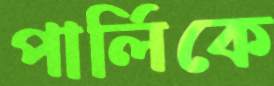
পার্লিকে